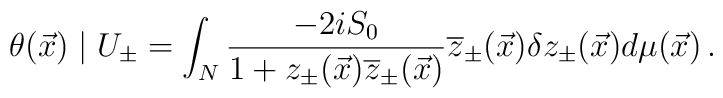
\theta(\vec{x})\mid U_{\pm}=\int_N\frac{-2 i S_{0}}{1+z_{\pm}(\vec{x})\overline{z}_{\pm}(\vec{x})} \overline{z}_{\pm}(\vec{x})\delta z_{\pm}(\vec{x})d\mu(\vec{x})\,.